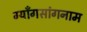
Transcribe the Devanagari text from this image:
ग्याँगसांगनाम